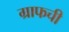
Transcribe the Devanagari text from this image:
ग्राफची